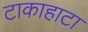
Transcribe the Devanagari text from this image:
टाकाहाटा